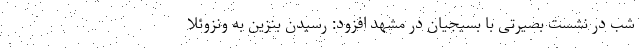
شب در نشست بصیرتی با بسیجیان در مشهد افزود: رسیدن بنزین به ونزوئلا